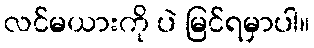
လင်မယားကို ပဲ မြင်ရမှာပါ။